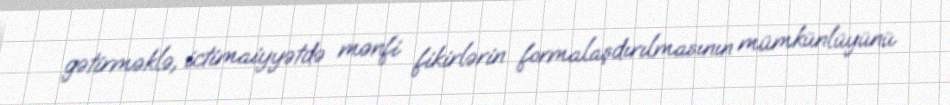
gətirməklə, ictimaiyyətdə mənfi fikirlərin formalaşdırılmasının mümkünlüyünü